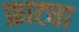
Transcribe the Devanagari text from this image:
फ़ाट्या